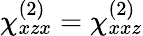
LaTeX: \chi_{xzx}^{(2)}=\chi_{xxz}^{(2)}